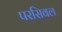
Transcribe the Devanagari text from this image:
परसिवल